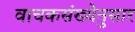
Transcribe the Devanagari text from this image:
वाचकसंख्येनुसार